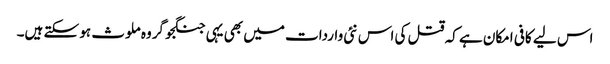
اس لیے کافی امکان ہے کہ قتل کی اس نئی واردات میں بھی یہی جنگجو گروہ ملوث ہو سکتے ہیں۔